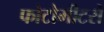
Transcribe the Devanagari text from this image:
फोटोमीटरों